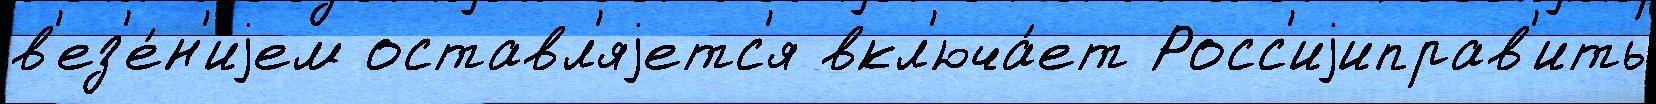
в'ез'е́н'иjем оставл'яjетс'я вкл'юча́ет Росс'иjиправ'ить